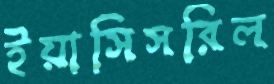
ইয়াসিসরিল